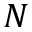
N